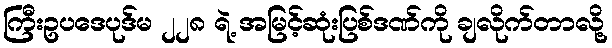
ကြီးဥပဒေပုဒ်မ ၂၂၈ ရဲ့ အမြင့်ဆုံးပြစ်ဒဏ်ကို ချလိုက်တာလို့